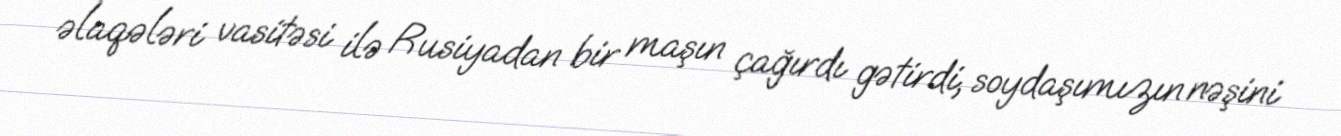
əlaqələri vasitəsi ilə Rusiyadan bir maşın çağırdı gətirdi, soydaşımızın nəşini